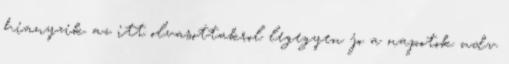
hianyzik az itt olvasottakrol legegyen jo a napotok udv